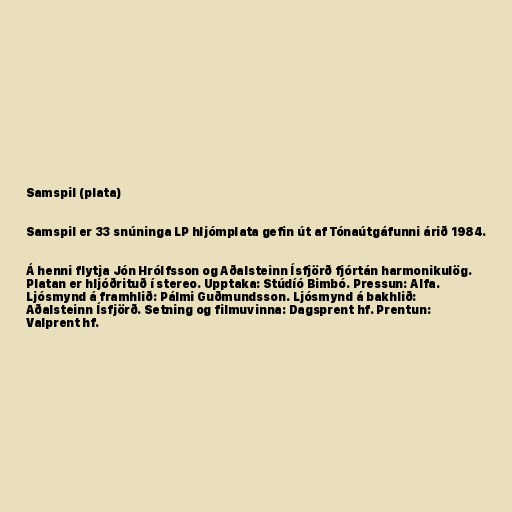
Samspil (plata)

Samspil er 33 snúninga LP hljómplata gefin út af Tónaútgáfunni árið 1984.

Á henni flytja Jón Hrólfsson og Aðalsteinn Ísfjörð fjórtán harmonikulög.
Platan er hljóðrituð í stereo. Upptaka: Stúdíó Bimbó. Pressun: Alfa.
Ljósmynd á framhlið: Pálmi Guðmundsson. Ljósmynd á bakhlið:
Aðalsteinn Ísfjörð. Setning og filmuvinna: Dagsprent hf. Prentun:
Valprent hf.